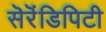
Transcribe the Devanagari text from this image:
सॆरॆंडिपिटी